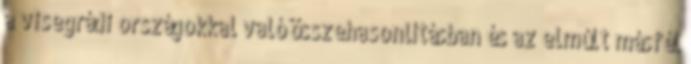
a visegrádi országokkal való összehasonlításban és az elmúlt másfél